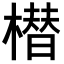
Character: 𣚽